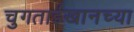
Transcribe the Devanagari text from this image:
चुगताईखानच्या